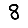
Digit: 8